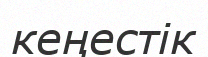
кеңестік